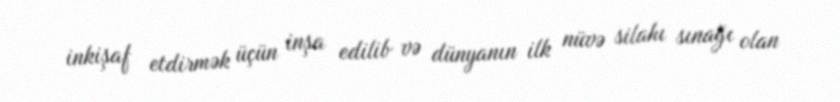
inkişaf etdirmək üçün inşa edilib və dünyanın ilk nüvə silahı sınağı olan